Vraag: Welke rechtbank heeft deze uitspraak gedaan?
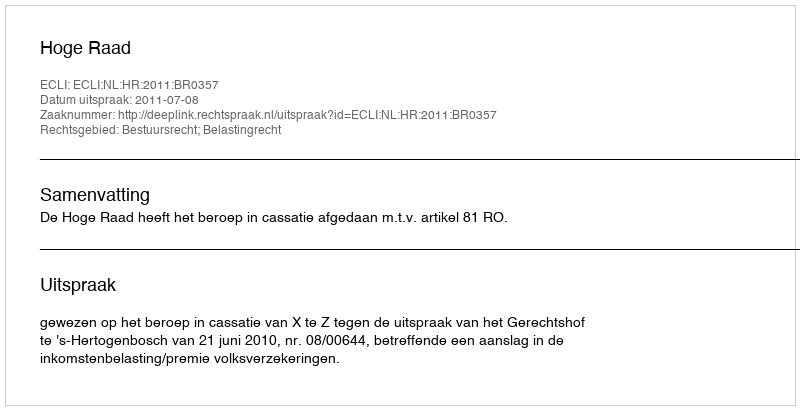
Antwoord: Hoge Raad